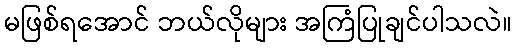
မဖြစ်ရအောင် ဘယ်လိုများ အကြံပြုချင်ပါသလဲ။